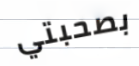
بصحبتي